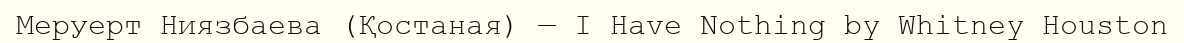
Меруерт Ниязбаева (Қостаная) — I Have Nothing by Whitney Houston